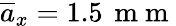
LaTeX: \overline{{a}}_{x}=1.5\, \mathrm{~m~m~}